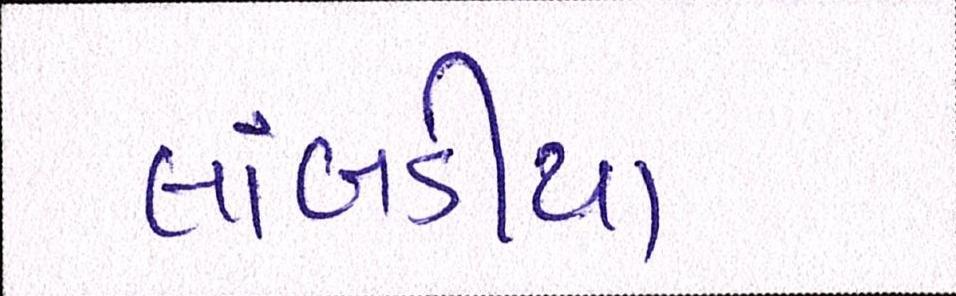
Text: લાંબડીયા